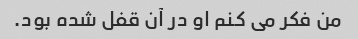
من فکر می کنم او در آن قفل شده بود.